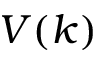
V ( k )